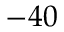
- 4 0